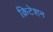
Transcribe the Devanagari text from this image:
क्रिटेशन